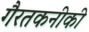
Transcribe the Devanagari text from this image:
गैरतकनीकी